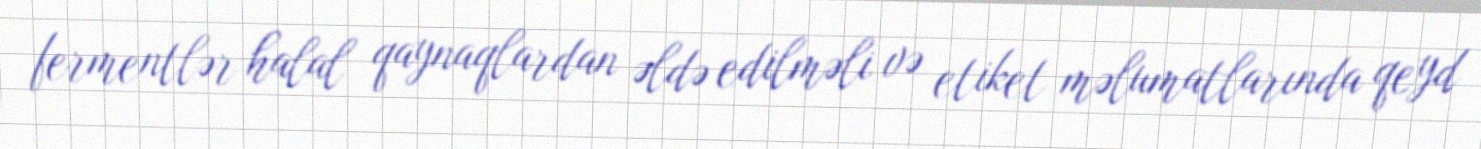
fermentlər halal qaynaqlardan əldə edilməli və etiket məlumatlarında qeyd